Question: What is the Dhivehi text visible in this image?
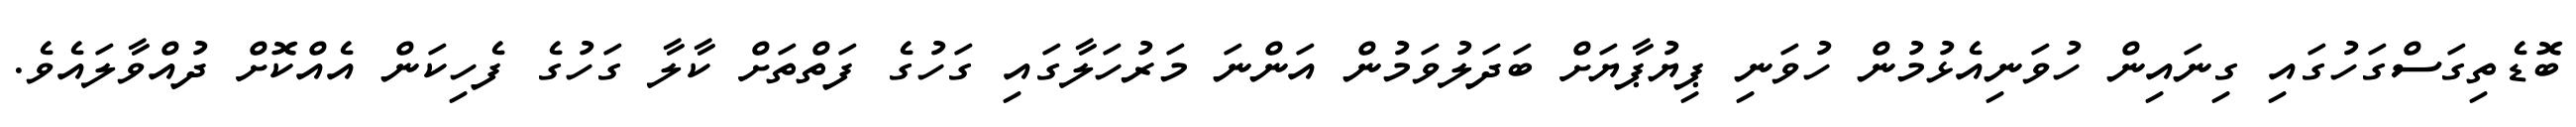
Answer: ބޮޑެތިގަސްގަހުގައި ގިނައިން ހުވަނިއެޅުމުން ހުވަނި ޕިޔުޕާޔަށް ބަދަލުވަމުން އަންނަ މަރުހަލާގައި ގަހުގެ ފަތްތަށް ކާލާ ގަހުގެ ފެހިކަން އެއްކޮށް ދުއްވާލައެވެ.